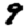
Digit: 9